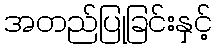
အတည်ပြုခြင်းနှင့်